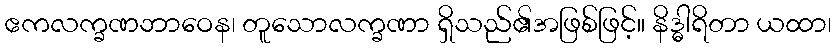
ဧကလက္ခဏဘာဝေန၊ တူသောလက္ခဏာ ရှိသည်၏အဖြစ်ဖြင့်။ နိဒ္ဓါရိတာ ယထာ၊